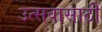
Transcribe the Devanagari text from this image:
उत्सवासाठीं